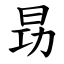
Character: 昮